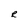
Character: R